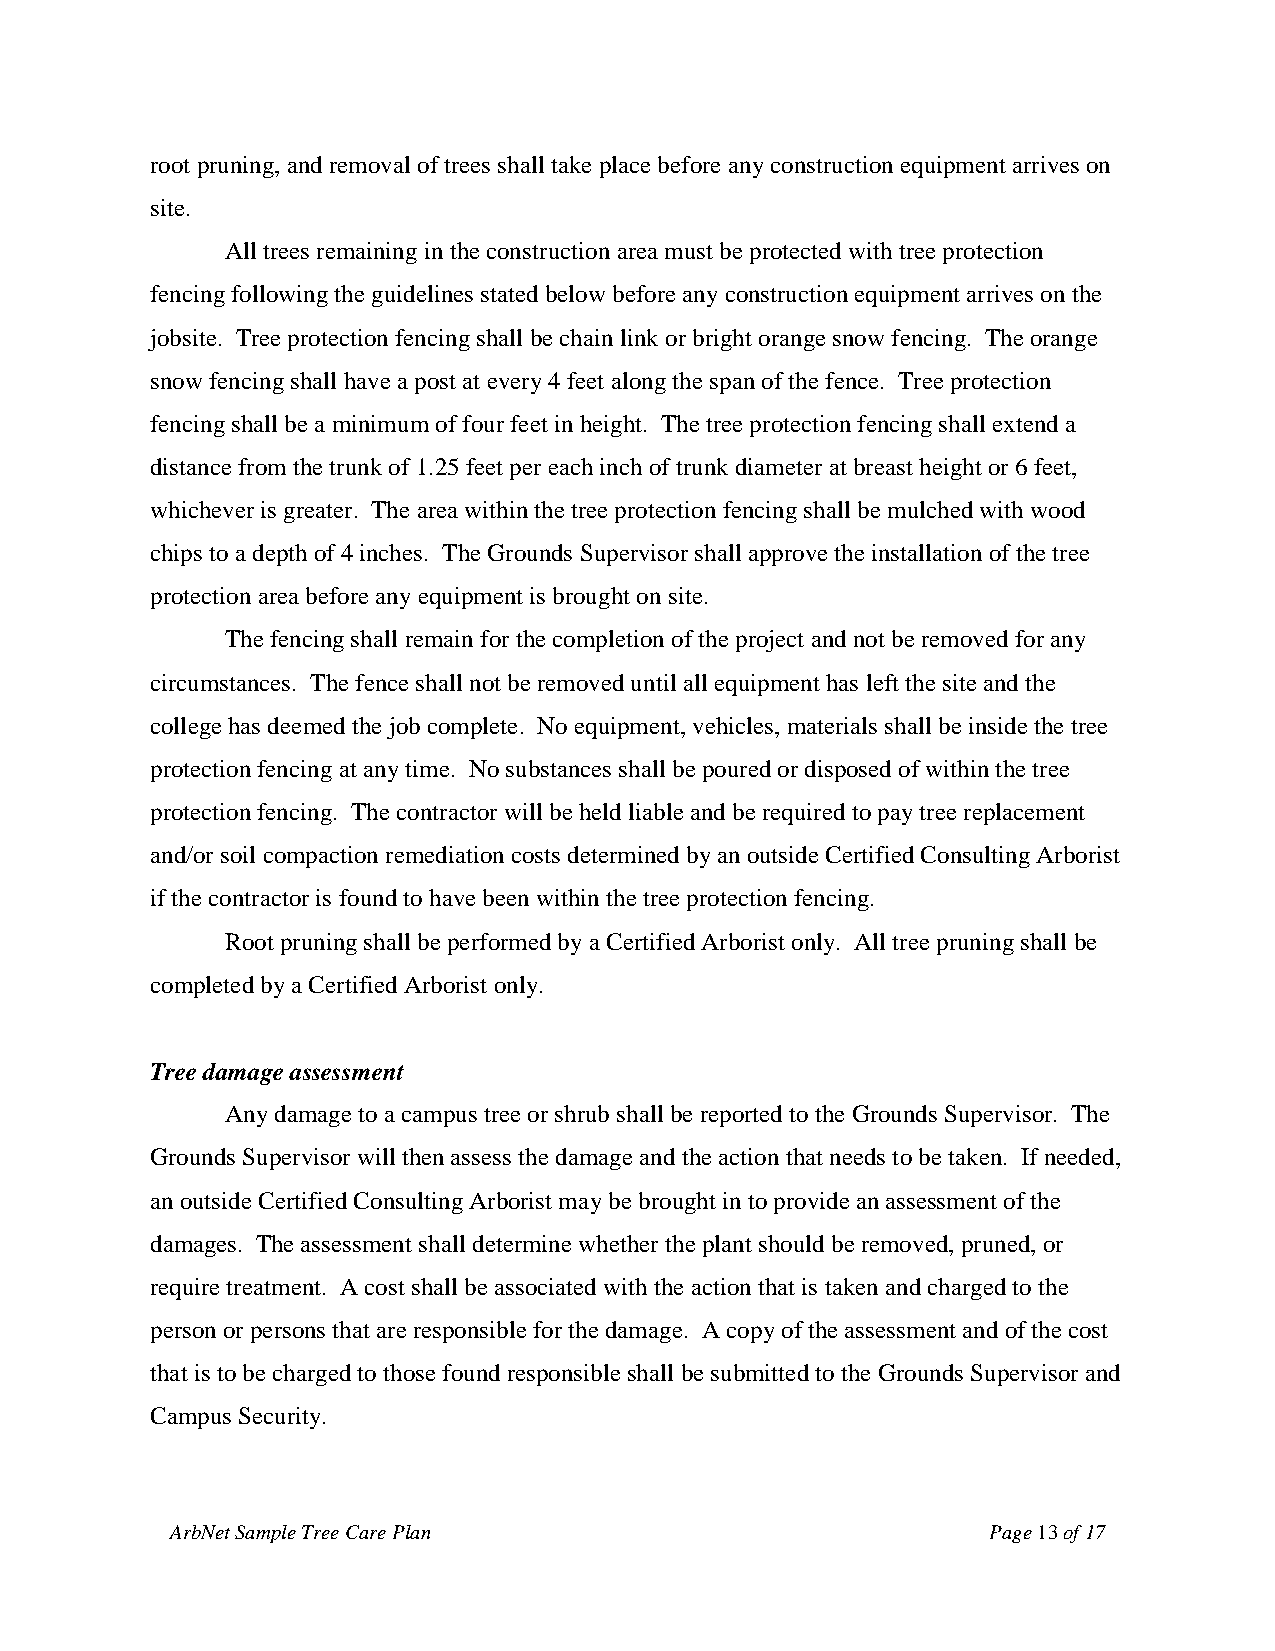
root pruning, and removal of trees shall take place before any construction equipment arrives on
 site.
 All trees remaining in the construction area must be protected with tree protection
 fencing following the guidelines stated below before any construction equipment arrives on the
 jobsite. Tree protection fencing shall be chain link or bright orange snow fencing. The orange
 snow fencing shall have a post at every 4 feet along the span of the fence. Tree protection
 fencing shall be a minimum of four feet in height. The tree protection fencing shall extend a
 distance from the trunk of 1.25 feet per each inch of trunk diameter at breast height or 6 feet,
 whichever is greater. The area within the tree protection fencing shall be mulched with wood
 chips to a depth of 4 inches. The Grounds Supervisor shall approve the installation of the tree
 protection area before any equipment is brought on site.
 The fencing shall remain for the completion of the project and not be removed for any
 circumstances. The fence shall not be removed until all equipment has left the site and the
 college has deemed the job complete. No equipment, vehicles, materials shall be inside the tree
 protection fencing at any time. No substances shall be poured or disposed of within the tree
 protection fencing. The contractor will be held liable and be required to pay tree replacement
 and/or soil compaction remediation costs determined by an outside Certified Consulting Arborist
 if the contractor is found to have been within the tree protection fencing.
 Root pruning shall be performed by a Certified Arborist only. All tree pruning shall be
 completed by a Certified Arborist only.
 Tree damage assessment
 Any damage to a campus tree or shrub shall be reported to the Grounds Supervisor. The
 Grounds Supervisor will then assess the damage and the action that needs to be taken. If needed,
 an outside Certified Consulting Arborist may be brought in to provide an assessment of the
 damages. The assessment shall determine whether the plant should be removed, pruned, or
 require treatment. A cost shall be associated with the action that is taken and charged to the
 person or persons that are responsible for the damage. A copy of the assessment and of the cost
 that is to be charged to those found responsible shall be submitted to the Grounds Supervisor and
 Campus Security.
 ArbNet Sample Tree Care Plan                          Page 13 of 17